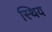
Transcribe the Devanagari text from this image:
स्थिय